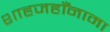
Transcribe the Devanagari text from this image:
शाहजहाँनामा